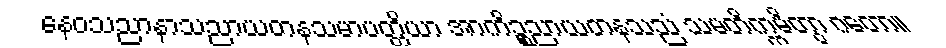
နေဝသညာနာသညာယတနသမာပတ္တိယာ အာကိဉ္စညာယတနသညံ သမတိက္ကမိတွာ ဂတော။